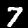
Digit: 7